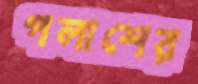
পলাশের